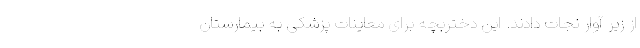
از زیر آوار نجات دادند. این دختربچه برای معاینات پزشکی به بیمارستان